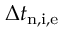
\Delta t _ { \mathrm { n , i , e } }